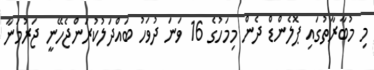
މި މުބާރާތުގައި ޕޮލެންޑް ދެން މިމަހުގެ 16 ވަނަ ދުވަހު ބައްދަލުކުރަންޖެހޭނީ ޖަރުމަނާ